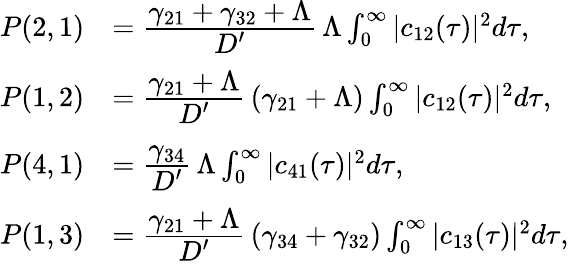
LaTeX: \begin{array}{rl}{P(2,1)}&{=\cfrac{\gamma_{21}+\gamma_{32}+\Lambda}{D^{\prime}}\, \Lambda\int_{0}^{\infty}|c_{12}(\tau)|^{2}d\tau,}\\ {P(1,2)}&{=\cfrac{\gamma_{21}+\Lambda}{D^{\prime}}\, (\gamma_{21}+\Lambda)\int_{0}^{\infty}|c_{12}(\tau)|^{2}d\tau,}\\ {P(4,1)}&{=\cfrac{\gamma_{34}}{D^{\prime}}\, \Lambda\int_{0}^{\infty}|c_{41}(\tau)|^{2}d\tau,}\\ {P(1,3)}&{=\cfrac{\gamma_{21}+\Lambda}{D^{\prime}}\, (\gamma_{34}+\gamma_{32})\int_{0}^{\infty}|c_{13}(\tau)|^{2}d\tau,}\end{array}